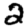
Digit: 2